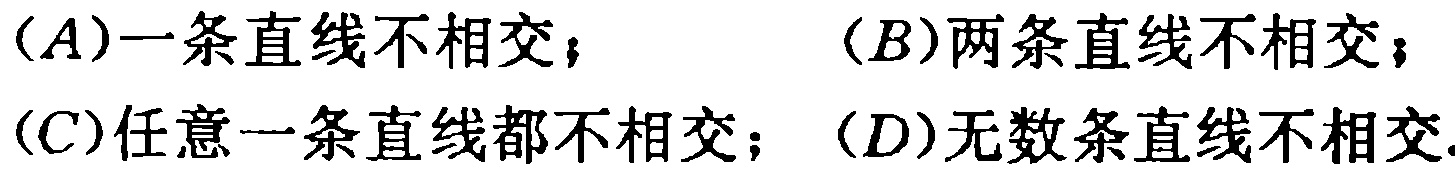
(A)一条直线不相交；(B)两条直线不相交；
(C)任意一条直线都不相交；(D)无数条直线不相交.